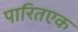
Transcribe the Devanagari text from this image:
पारितएक